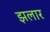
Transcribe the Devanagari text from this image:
झलार